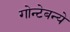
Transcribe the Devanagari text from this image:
गोन्टेबन्ये